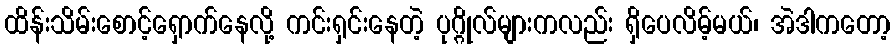
ထိန်းသိမ်းစောင့်ရှောက်နေလို့ ကင်းရှင်းနေတဲ့ ပုဂ္ဂိုလ်များကလည်း ရှိပေလိမ့်မယ်၊ အဲဒါကတော့